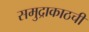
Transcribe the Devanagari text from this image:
समुद्राकाठची